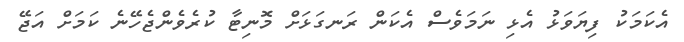
އެކަމަކު ފިޔަވަޅު އެޅި ނަމަވެސް އެކަން ރަނގަޅަށް މޮނިޓާ ކުރެވެންޖެހޭނެ ކަމަށް އަޖޭ